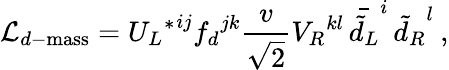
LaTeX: {\cal L}_{d-\mathrm{mass}}={{U_{L}}^{\ast}}^{ij}{f_{d}}^{jk}\frac{v}{\sqrt{2}}{V_{R}}^{kl}\, {\bar{\tilde{d}_{L}}}^{i}\, {\tilde{d}_{R}}^{l}\: ,